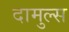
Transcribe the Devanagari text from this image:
दामुल्स